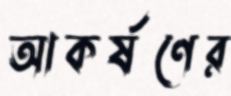
আকর্ষণের